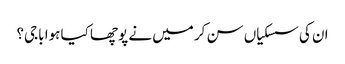
ان کی سسکیاں سن کر میں نے پوچھا کیا ہوا باجی؟